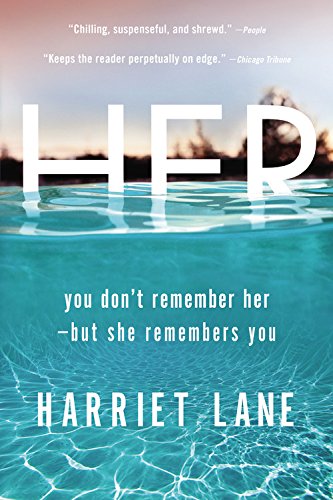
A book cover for Her: A Novel; Harriet Lane; Mystery, Thriller & Suspense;